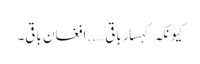
کیونکہ کہسار باقی …..افغان باقی۔